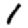
Digit: 1